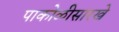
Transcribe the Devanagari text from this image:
पाकोळीसारखे